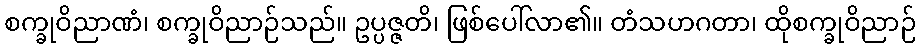
စက္ခုဝိညာဏံ၊ စက္ခုဝိညာဉ်သည်။ ဥပ္ပဇ္ဇတိ၊ ဖြစ်ပေါ်လာ၏။ တံသဟဂတာ၊ ထိုစက္ခုဝိညာဉ်